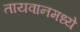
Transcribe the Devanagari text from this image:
तायवानमध्ये